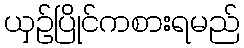
ယှဉ်ပြိုင်ကစားရမည်